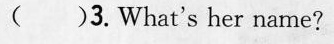
( )3.What's her name?